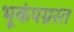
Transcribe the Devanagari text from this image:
भूकंपग्रस्त